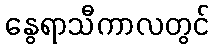
နွေရာသီကာလတွင်